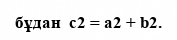
бұдан  c2 = a2 + b2.